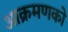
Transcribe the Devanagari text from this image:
आक्रमणको